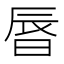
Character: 㫳